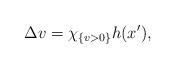
LaTeX: \begin{align*}\Delta v=\chi_{\{v>0\}} h(x'),\end{align*}